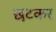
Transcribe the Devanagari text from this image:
छटकर